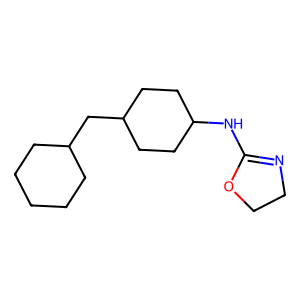
SMILES: C1CCC(CC2CCC(NC3=NCCO3)CC2)CC1
Inhibits HIV replication: No